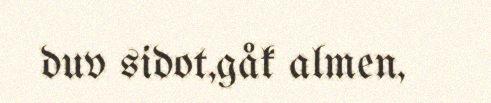
duv sidot,gåk almen,